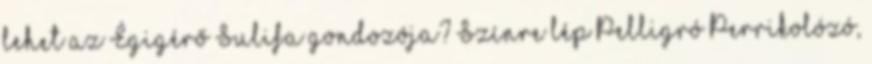
lehet az Égigérő Sulifa gondozója? Színre lép Pelligró Perrikolózó,